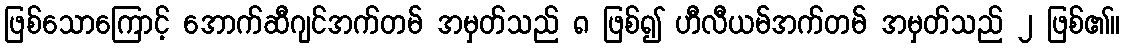
ဖြစ်သောကြောင့် အောက်ဆီဂျင်အက်တမ် အမှတ်သည် ၈ ဖြစ်၍ ဟီလီယမ်အက်တမ် အမှတ်သည် ၂ ဖြစ်၏။